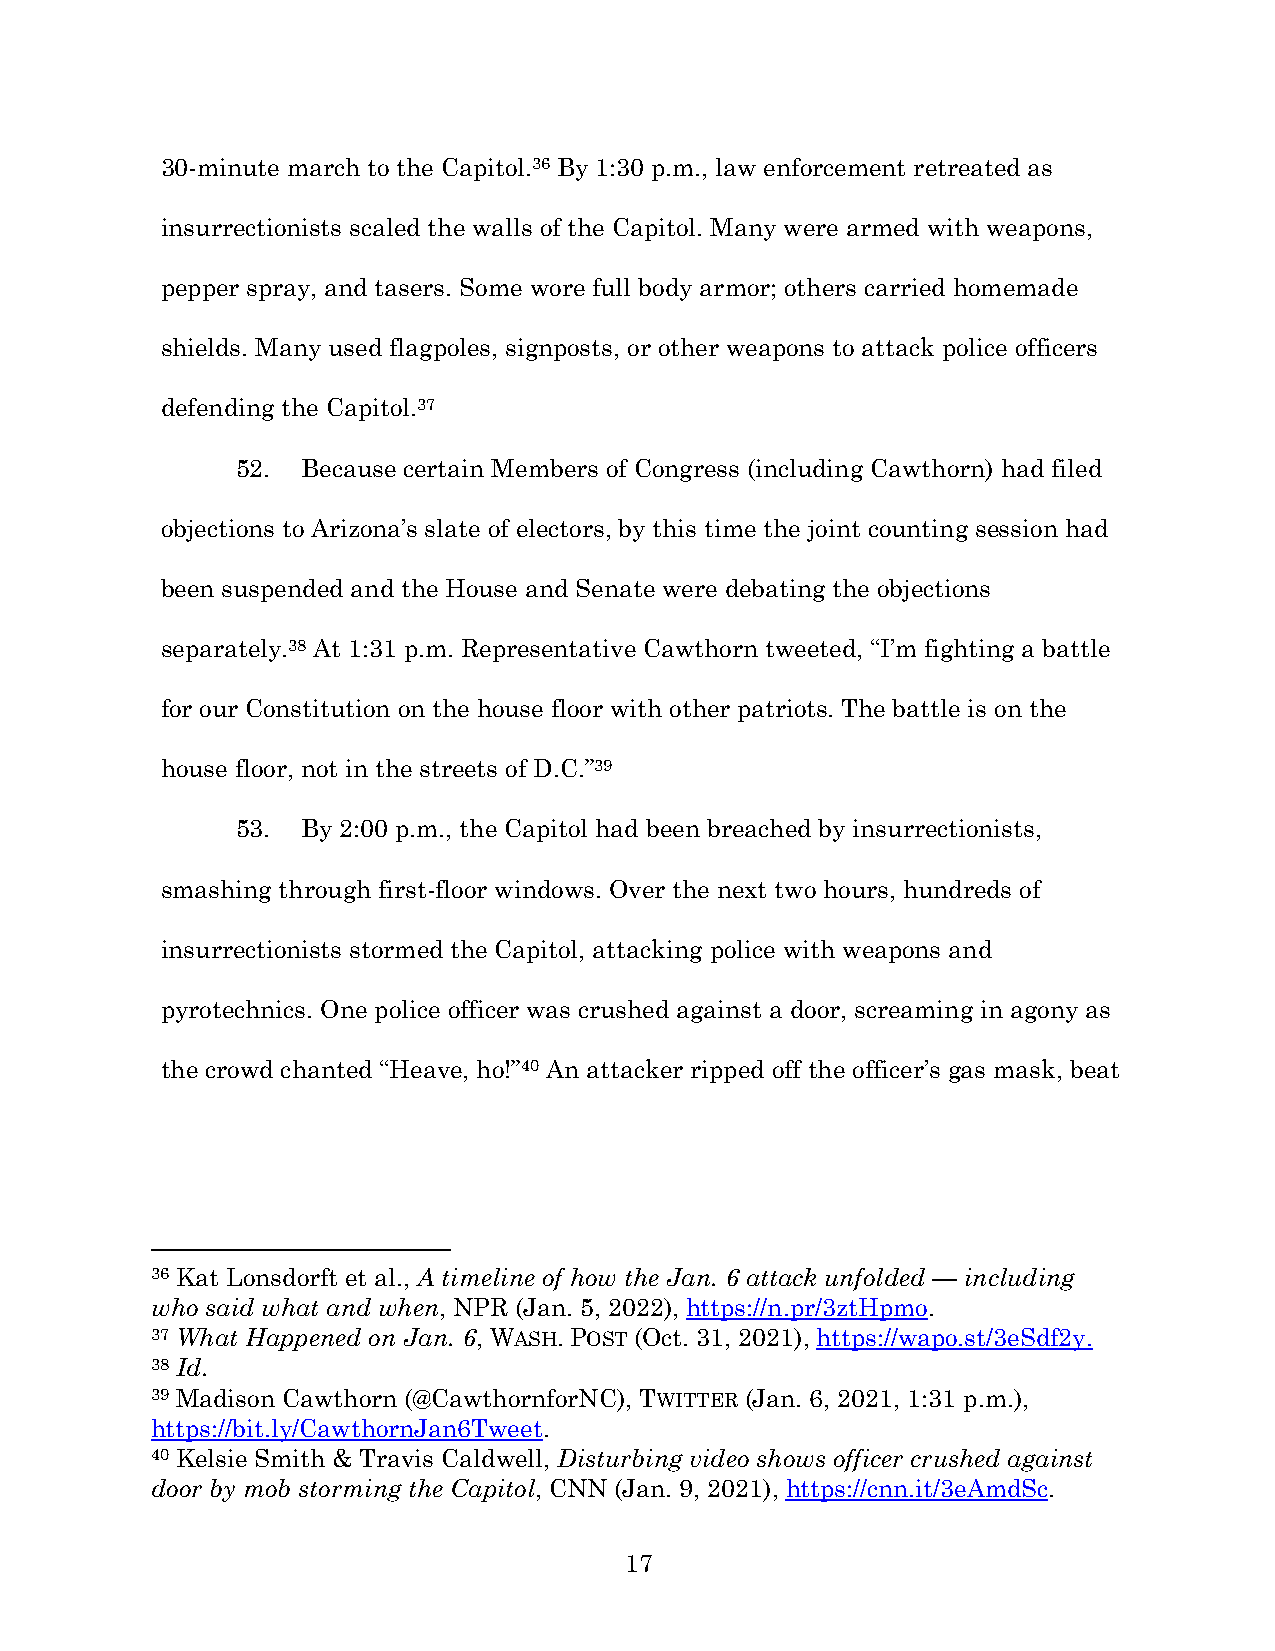
30-minute march to the Capitol.36 By 1:30 p.m., law enforcement retreated as
 insurrectionists scaled the walls of the Capitol. Many were armed with weapons,
 pepper spray, and tasers. Some wore full body armor; others carried homemade
 shields. Many used flagpoles, signposts, or other weapons to attack police officers
 defending the Capitol.37
 52. Because certain Members of Congress (including Cawthorn) had filed
 objections to Arizona’s slate of electors, by this time the joint counting session had
 been suspended and the House and Senate were debating the objections
 separately.38 At 1:31 p.m. Representative Cawthorn tweeted, “I’m fighting a battle
 for our Constitution on the house floor with other patriots. The battle is on the
 house floor, not in the streets of D.C.”39
 53. By 2:00 p.m., the Capitol had been breached by insurrectionists,
 smashing through first-floor windows. Over the next two hours, hundreds of
 insurrectionists stormed the Capitol, attacking police with weapons and
 pyrotechnics. One police officer was crushed against a door, screaming in agony as
 the crowd chanted “Heave, ho!”40 An attacker ripped off the officer’s gas mask, beat
 36 Kat Lonsdorft et al., A timeline of how the Jan. 6 attack unfolded — including
 who said what and when, NPR (Jan. 5, 2022), https://n.pr/3ztHpmo.
 37 What Happened on Jan. 6, WASH. POST (Oct. 31, 2021), https://wapo.st/3eSdf2y.
 38 Id.
 39 Madison Cawthorn (@CawthornforNC), TWITTER (Jan. 6, 2021, 1:31 p.m.),
 https://bit.ly/CawthornJan6Tweet.
 40 Kelsie Smith & Travis Caldwell, Disturbing video shows officer crushed against
 door by mob storming the Capitol, CNN (Jan. 9, 2021), https://cnn.it/3eAmdSc.
 17